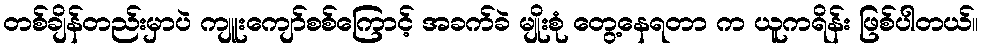
တစ်ချိန်တည်းမှာပဲ ကျူးကျော်စစ်ကြောင့် အခက်ခဲ မျိုးစုံ တွေ့နေရတာ က ယူကရိန်း ဖြစ်ပါတယ်။